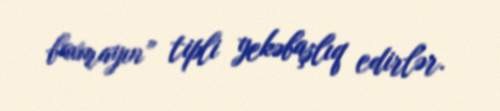
baxmayın” tipli yekəbaşlıq edirlər.